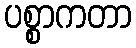
ပစ္စာကတာ